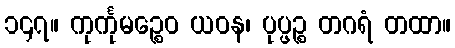
၁၄၇။ ကုင်္ကုမဉ္စေဝ ယဝန၊ ပုပ္ဖဉ္စ တဂရံ တထာ။